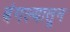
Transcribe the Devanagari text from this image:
बंगल्यातून